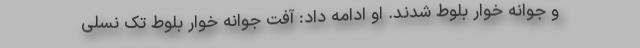
و جوانه خوار بلوط شدند. او ادامه داد: آفت جوانه خوار بلوط تک نسلی